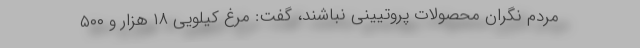
مردم نگران محصولات پروتیینی نباشند، گفت: مرغ کیلویی ۱۸ هزار و ۵۰۰